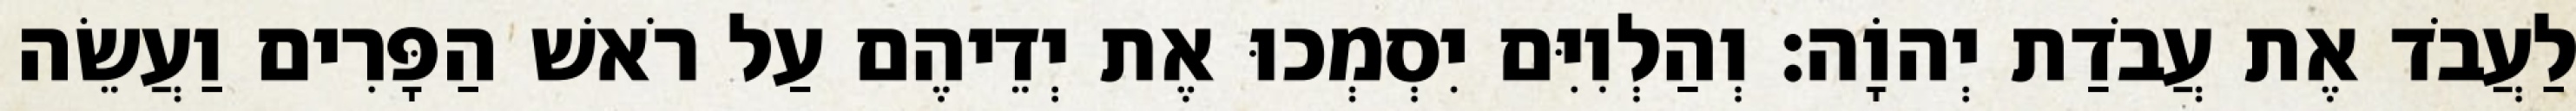
לַעֲבֹד אֶת עֲבֹדַת יְהוָֹה׃ וְהַלְוִיִּם יִסְמְכוּ אֶת יְדֵיהֶם עַל רֹאשׁ הַפָּרִים וַעֲשֵׂה